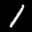
Label: 1